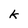
Character: k